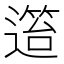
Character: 𨖎